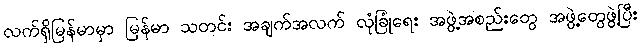
လက်ရှိမြန်မာမှာ မြန်မာ သတင်း အချက်အလက် လုံခြုံရေး အဖွဲ့အစည်းတွေ အဖွဲ့တွေဖွဲ့ပြီး